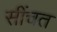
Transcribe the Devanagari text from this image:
सींचत